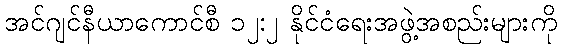
အင်ဂျင်နီယာကောင်စီ ၁၂:၂ နိုင်ငံရေးအဖွဲ့အစည်းများကို